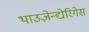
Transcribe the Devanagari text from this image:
थाउज़ेन्द्येरिगेस